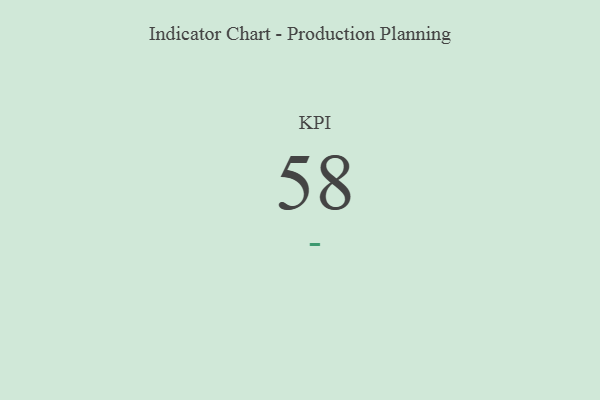
{"axis": {"x": "KPI", "y": "Value"}, "legend": [""], "data": [{"x": "KPI", "y": 58, "type": ""}]}